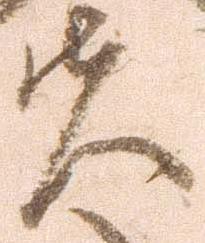
夫